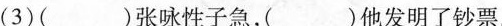
(3)( )张咏性子急，( )他发明了钞票。